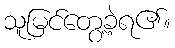
သူမြင်တွေ့ခဲ့ရ၏။